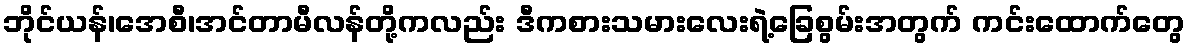
ဘိုင်ယန်၊အေစီ၊အင်တာမီလန်တို့ကလည်း ဒီကစားသမားလေးရဲ့ခြေစွမ်းအတွက် ကင်းထောက်တွေ